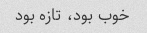
خوب بود، تازه بود